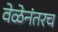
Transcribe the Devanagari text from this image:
वेळेनंतरच